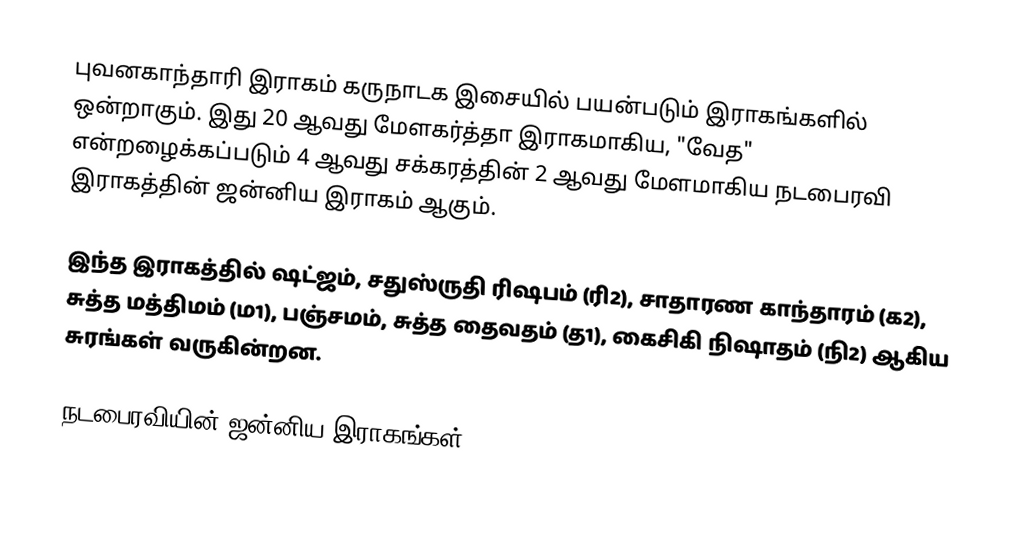
புவனகாந்தாரி இராகம் கருநாடக இசையில் பயன்படும் இராகங்களில் ஒன்றாகும். இது 20 ஆவது மேளகர்த்தா இராகமாகிய, "வேத" என்றழைக்கப்படும் 4 ஆவது சக்கரத்தின் 2 ஆவது மேளமாகிய நடபைரவி இராகத்தின் ஜன்னிய இராகம் ஆகும்.

இந்த இராகத்தில் ஷட்ஜம், சதுஸ்ருதி ரிஷபம் (ரி2),  சாதாரண காந்தாரம் (க2), சுத்த மத்திமம் (ம1), பஞ்சமம், சுத்த தைவதம் (த1), கைசிகி நிஷாதம்  (நி2) ஆகிய சுரங்கள் வருகின்றன.

நடபைரவியின் ஜன்னிய இராகங்கள்